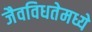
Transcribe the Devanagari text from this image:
जैवविधतेमध्ये